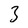
Character: 3